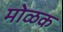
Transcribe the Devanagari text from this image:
मोळक